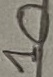
Text: 10